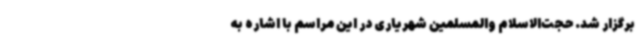
برگزار شد. حجت‌الاسلام والمسلمین شهریاری در این مراسم با اشاره به